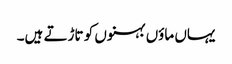
یہاں ماؤں بہنوں کو تاڑتے ہیں۔